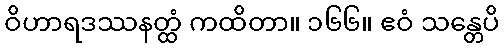
ဝိဟာရဒဿနတ္ထံ ကထိတာ။ ၁၆၆။ ဧဝံ သန္တေပိ